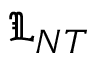
{ \mathfrak { L } } _ { N T }